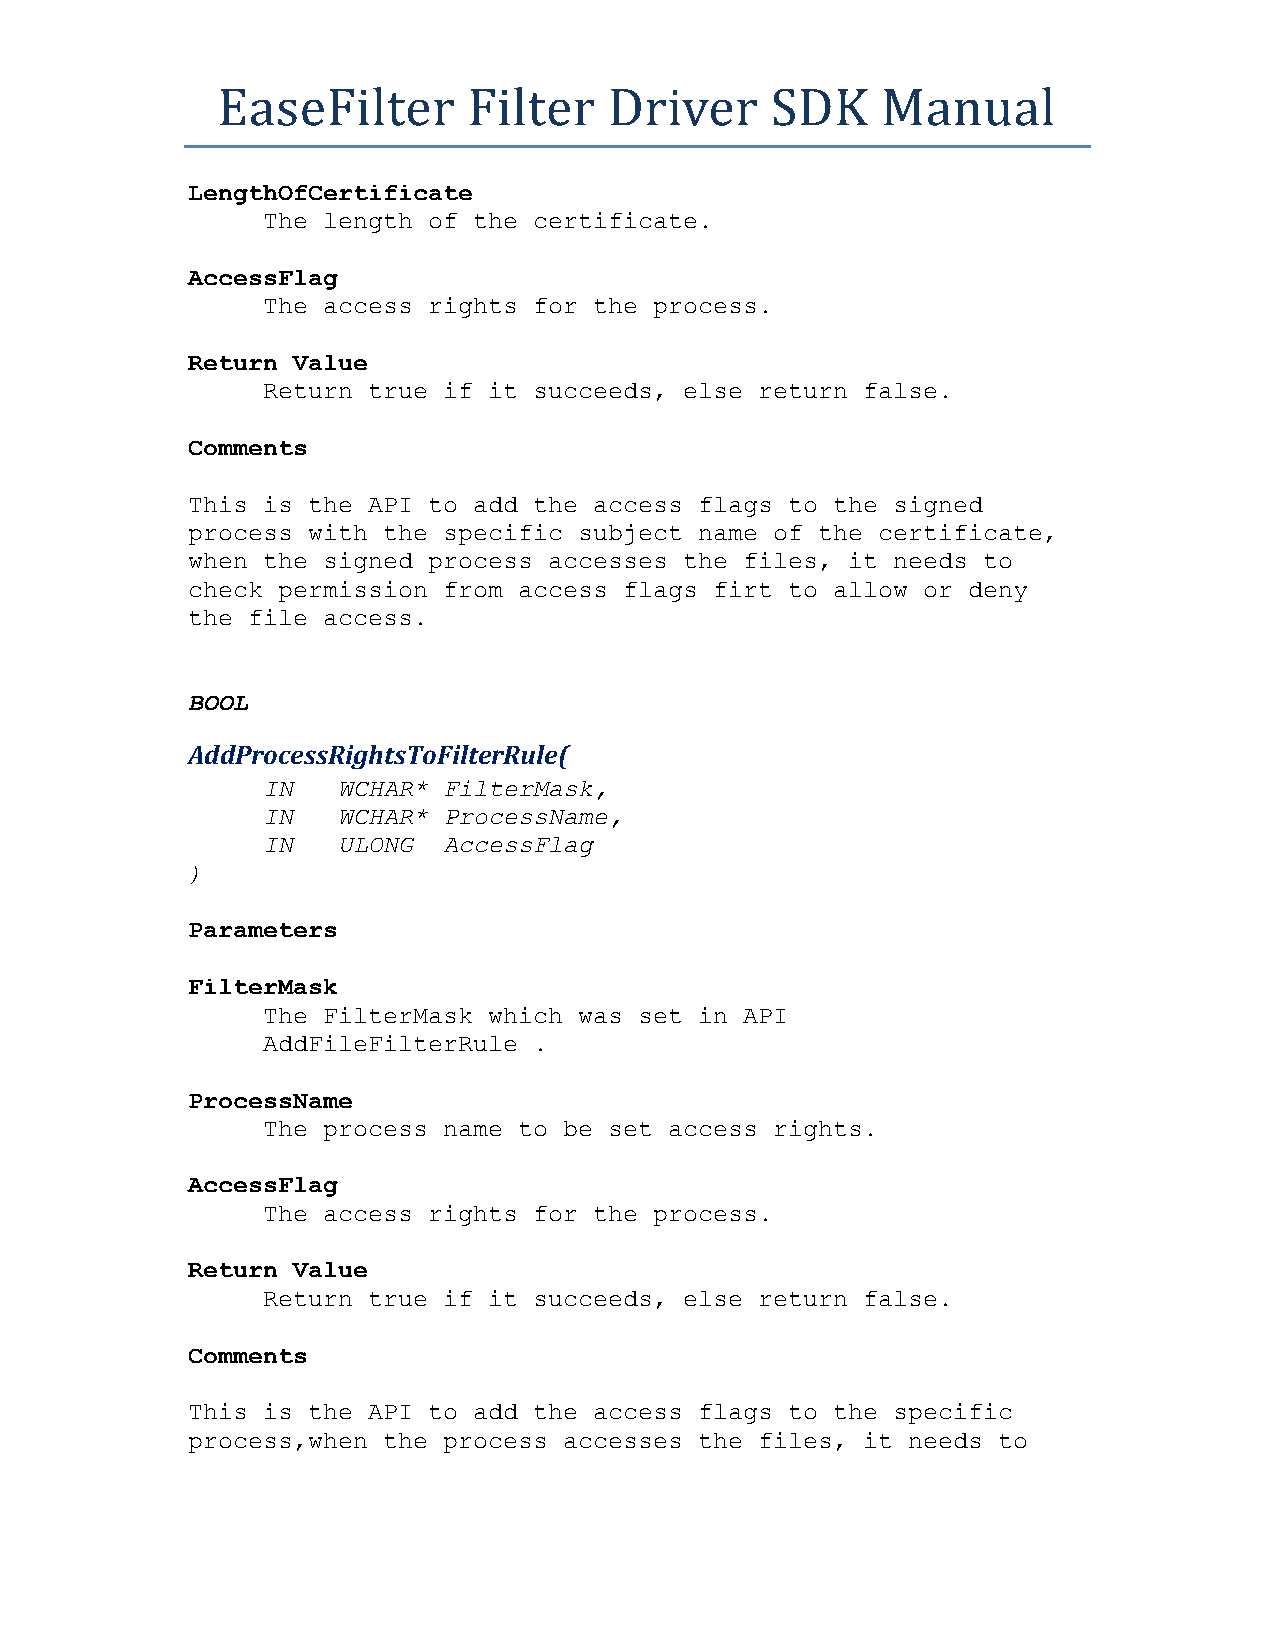
EaseFilter       Filter   Driver     SDK    Manual
 LengthOfCertificate
 The length of the certificate.
 AccessFlag
 The access rights for the process.
 Return Value
 Return true if it succeeds, else return false.
 Comments
 This is the API to add the access flags to the signed
 process with the specific subject name of the certificate,
 when the signed process accesses the files, it needs to
 check permission from access flags firt to allow or deny
 the file access.
 BOOL
 AddProcessRightsToFilterRule(
 IN   WCHAR* FilterMask,
 IN   WCHAR* ProcessName,
 IN   ULONG  AccessFlag
 )
 Parameters
 FilterMask
 The FilterMask which was set in API
 AddFileFilterRule .
 ProcessName
 The process name to be set access rights.
 AccessFlag
 The access rights for the process.
 Return Value
 Return true if it succeeds, else return false.
 Comments
 This is the API to add the access flags to the specific
 process,when the process accesses the files, it needs to